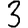
Digit: 3